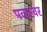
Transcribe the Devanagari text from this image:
पवारवर